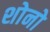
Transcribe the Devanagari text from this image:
शोनो